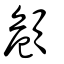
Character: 頠